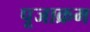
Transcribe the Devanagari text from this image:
पूजाक्रम